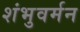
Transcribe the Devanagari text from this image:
शंभुवर्मन